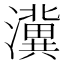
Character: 𱩿